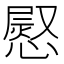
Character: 𢟬